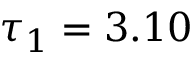
\tau _ { 1 } = 3 . 1 0